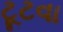
ટૂટવા